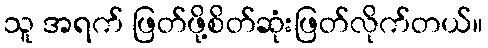
သူ အရက် ဖြတ်ဖို့စိတ်ဆုံးဖြတ်လိုက်တယ်။